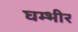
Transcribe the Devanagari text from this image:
घम्भीर